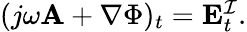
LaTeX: \begin{array}{r}{(j\omega\mathbf{A}+\nabla\Phi)_{t}=\mathbf{E}_{t}^{\mathcal{I}}.}\end{array}